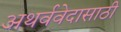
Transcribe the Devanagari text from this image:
अथर्ववेदासाठी